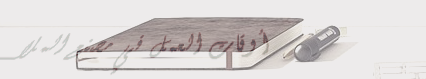
أوقات العمل في مصنع الملا